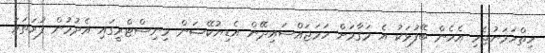
ހިތްހަމަނުޖެހި އެހެން ބޭފުޅަކު އެ މަގާމަށް ހަމަޖައްސައިދޭން އެޑިޔުކޭޝަން މިނިސްޓްރީގައި އެދުމުން ފުރަތަމަ